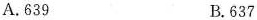
A.639 B.637